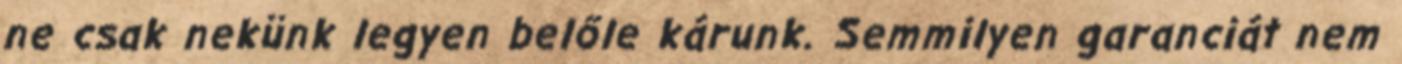
ne csak nekünk legyen belőle kárunk. Semmilyen garanciát nem